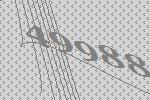
49988